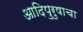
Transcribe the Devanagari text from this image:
आदिपुरुषाचा